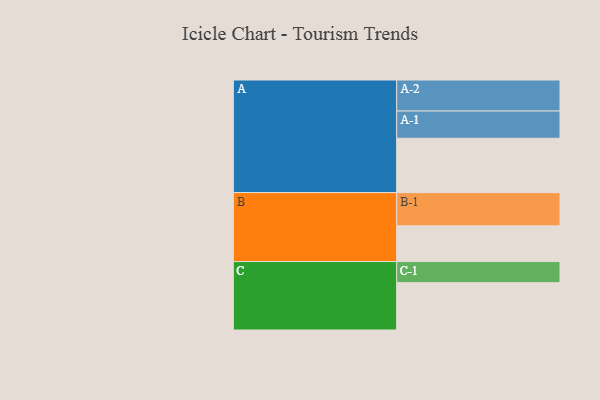
{"axis": {"x": "Segment", "y": "Value"}, "legend": ["", "A", "B", "C"], "data": [{"x": "A", "y": 466, "type": ""}, {"x": "B", "y": 306, "type": ""}, {"x": "C", "y": 406, "type": ""}, {"x": "A-1", "y": 234, "type": "A"}, {"x": "A-2", "y": 266, "type": "A"}, {"x": "B-1", "y": 285, "type": "B"}, {"x": "C-1", "y": 181, "type": "C"}]}